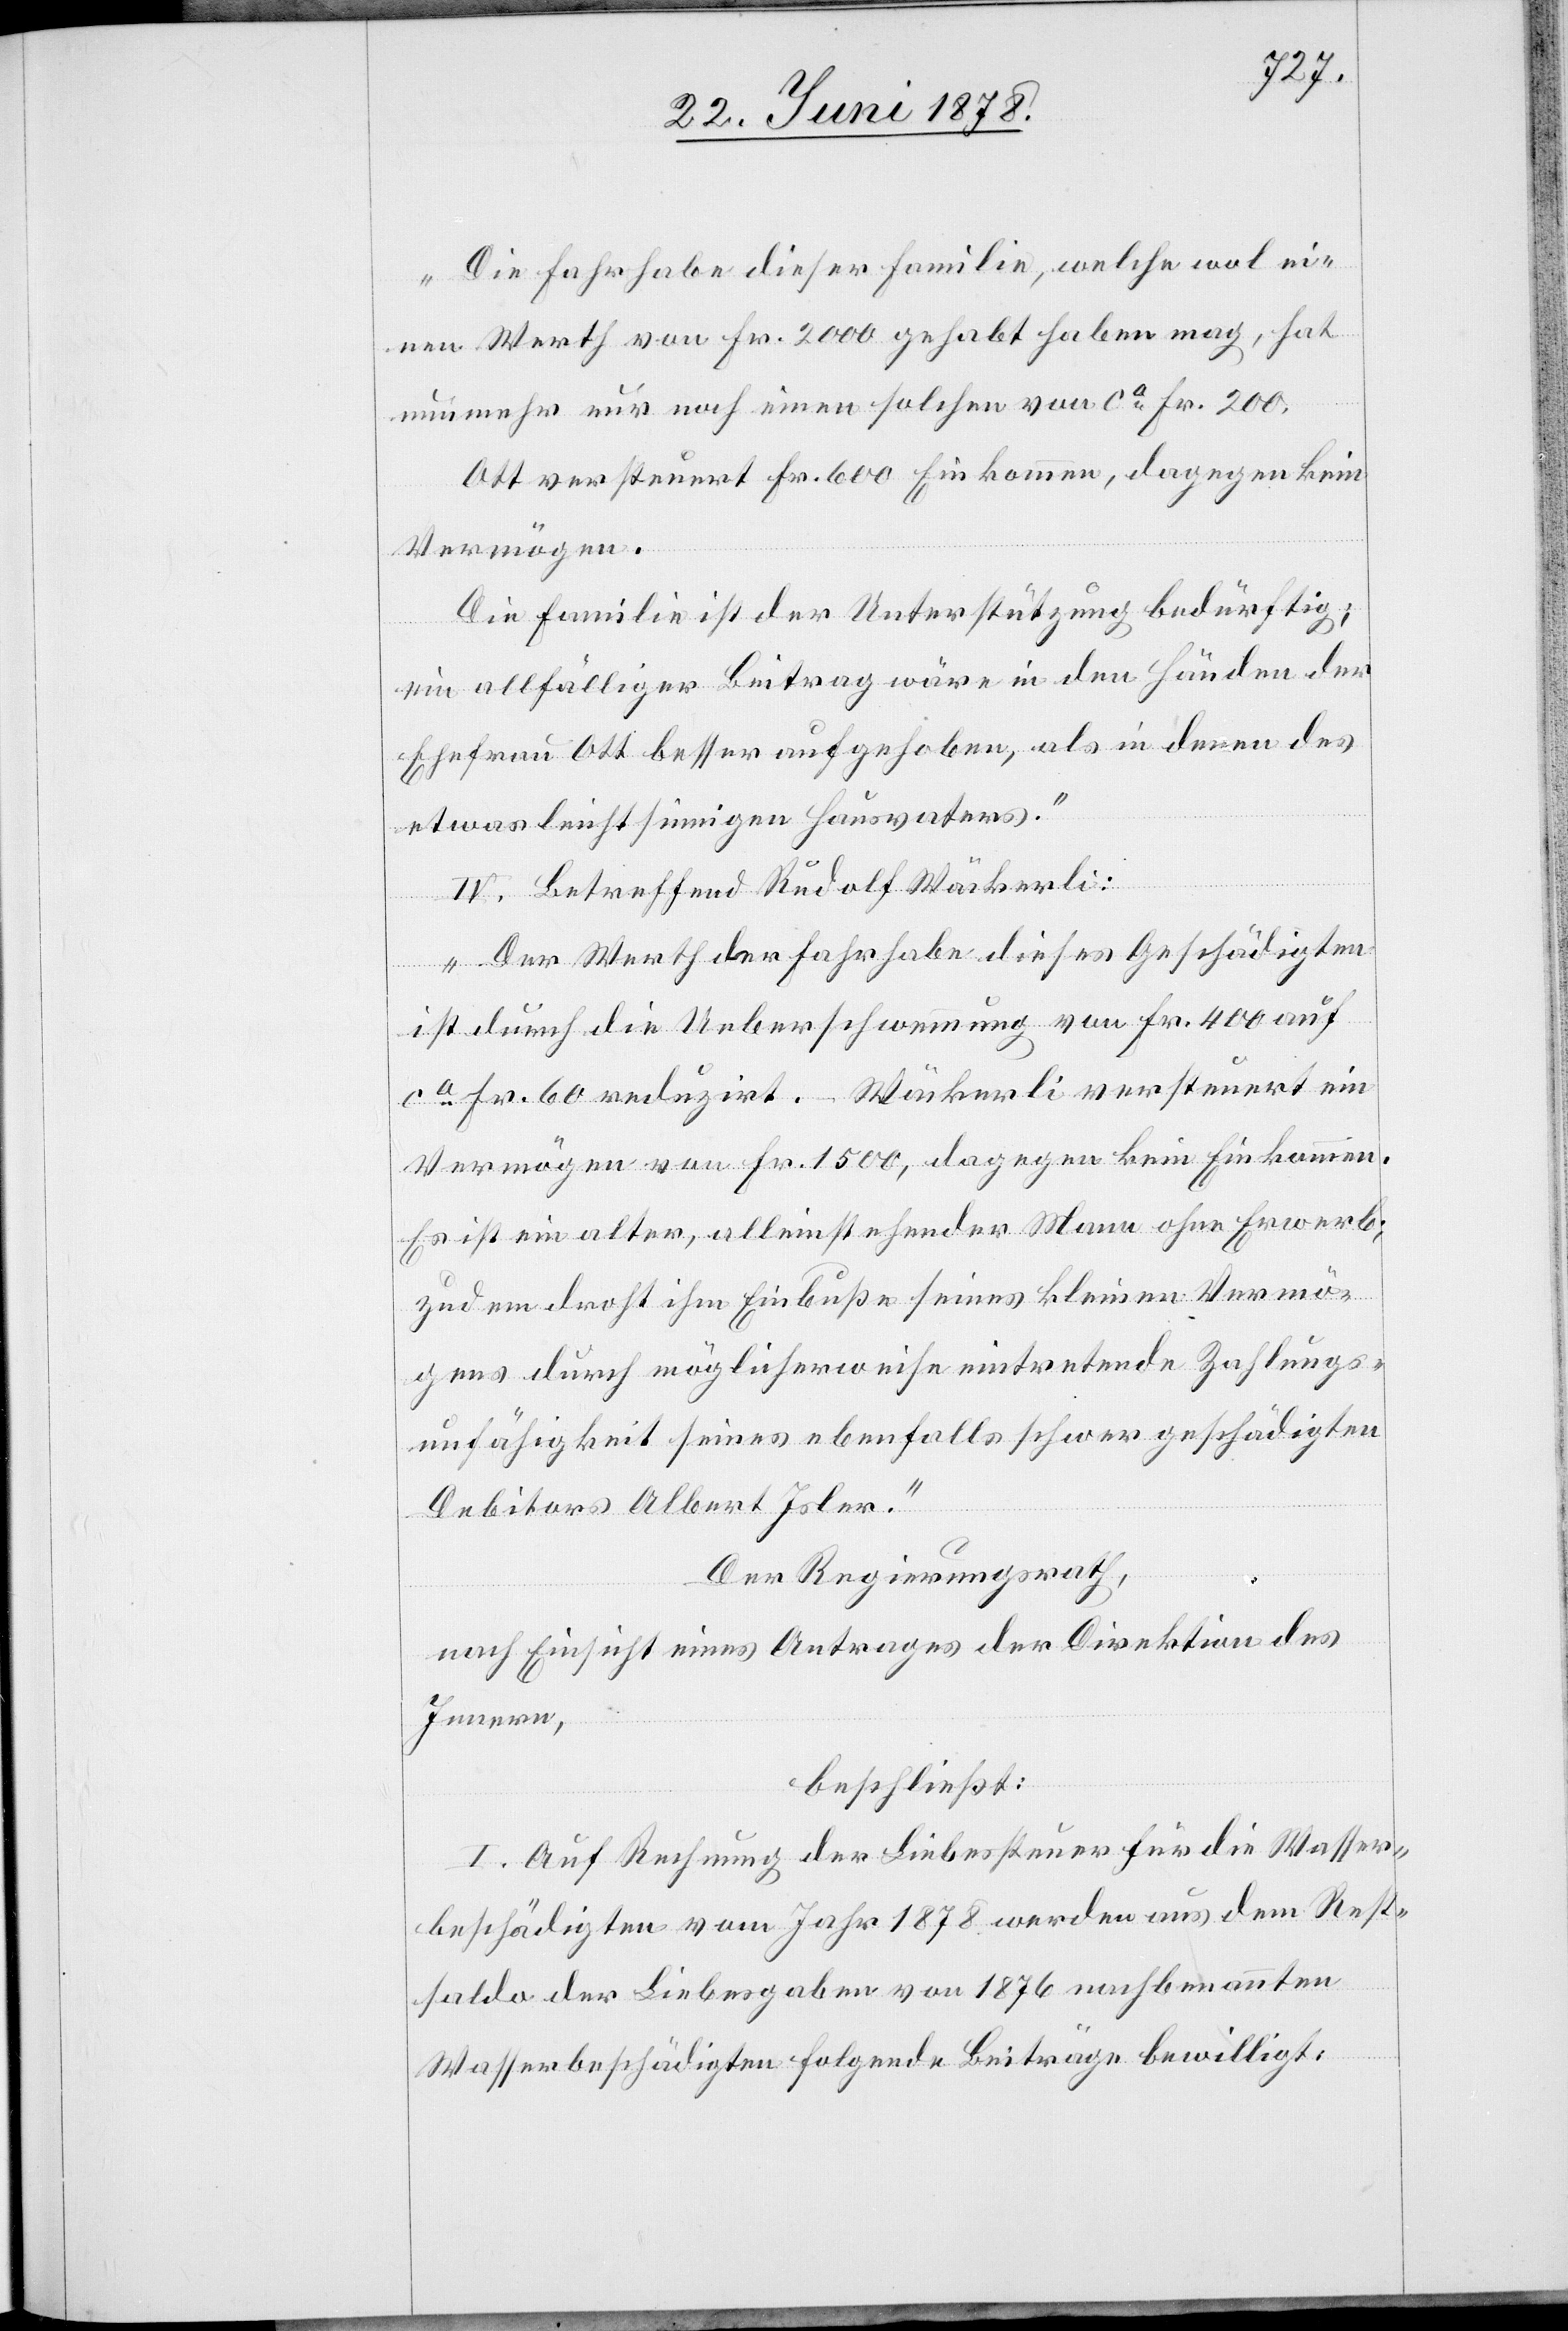
Die Fahrhabe dieser Familie, welche wol ei¬
nen Werth von Fr. 2000 gehabt haben mag, hat
nunmehr nur noch einen solchen von ca Fr. 200.
Ott versteuert Fr. 600 Einkommen, dagegen kein
Vermögen.
Die Familie ist der Unterstützung bedürftig;
ein allfälliger Beitrag wäre in den Händen der
Ehefrau Ott besser aufgehoben, als in denen des
etwas leichtsinnigen Hausvaters.“
IV. Betreffend Rudolf Wäckerli:
„Der Werth der Fahrhabe dieses Geschädigten
ist durch die Ueberschwemmung von Fr. 400 auf
ca Fr. 60 reduzirt. – Wäckerli versteuert ein
Vermögen von Fr. 1500, dagegen kein Einkommen.
Er ist ein alter, alleinstehender Mann ohne Erwerb;
zudem droht ihm Einbuße seines kleinen Vermö¬
gens durch möglicherweise eintretende Zahlungs¬
unfähigkeit seines ebenfalls schwer geschädigten
Debitors Albert Isler.“
Der Regierungsrath,
nach Einsicht eines Antrages der Direktion des
Innern,
beschließt:
I. Auf Rechnung der Liebessteuer für die Wasser¬
beschädigten vom Jahr 1878 werden aus dem Rest¬
saldo der Liebesgaben von 1876 nachbenannten
Wasserbeschädigten folgende Beiträge bewilligt: